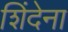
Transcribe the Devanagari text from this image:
शिंदेना